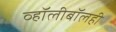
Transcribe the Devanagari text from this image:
व्हॉलीबॉलही